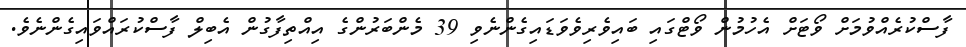
ފާސްކުރެއްވުމަށް ވޯޓަށް އެހުމުން ވޯޓްގައި ބައިވެރިވެވަޑައިގެންނެވި 39 މެންބަރުންގެ އިއްތިފާގުން އެބިލް ފާސްކުރައްވައިގެންނެވެ.